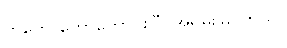
ကတော်တော်ကောင်းပြီ: အရမ်းမြန်တယ်။